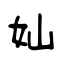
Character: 奾